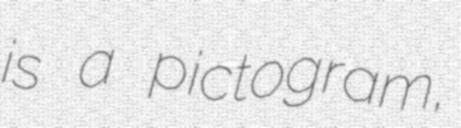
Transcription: is a pictogram,